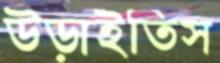
উড়াইতিস